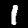
Label: 1